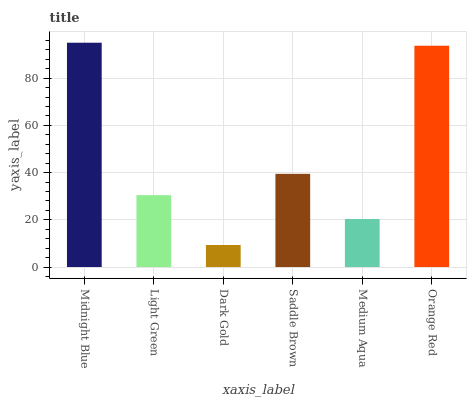
| xaxis_label | bars |
 | --- | --- |
 | Midnight Blue | 95.1 |
 | Light Green | 30.5 |
 | Dark Gold | 9.34 |
 | Saddle Brown | 39.5 |
 | Medium Aqua | 20.3 |
 | Orange Red | 93.8 |